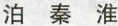
泊秦淮